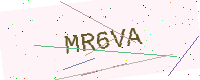
Text: MR6VA